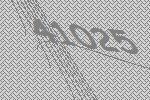
41025